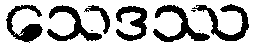
သေဒဿ